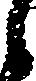
候